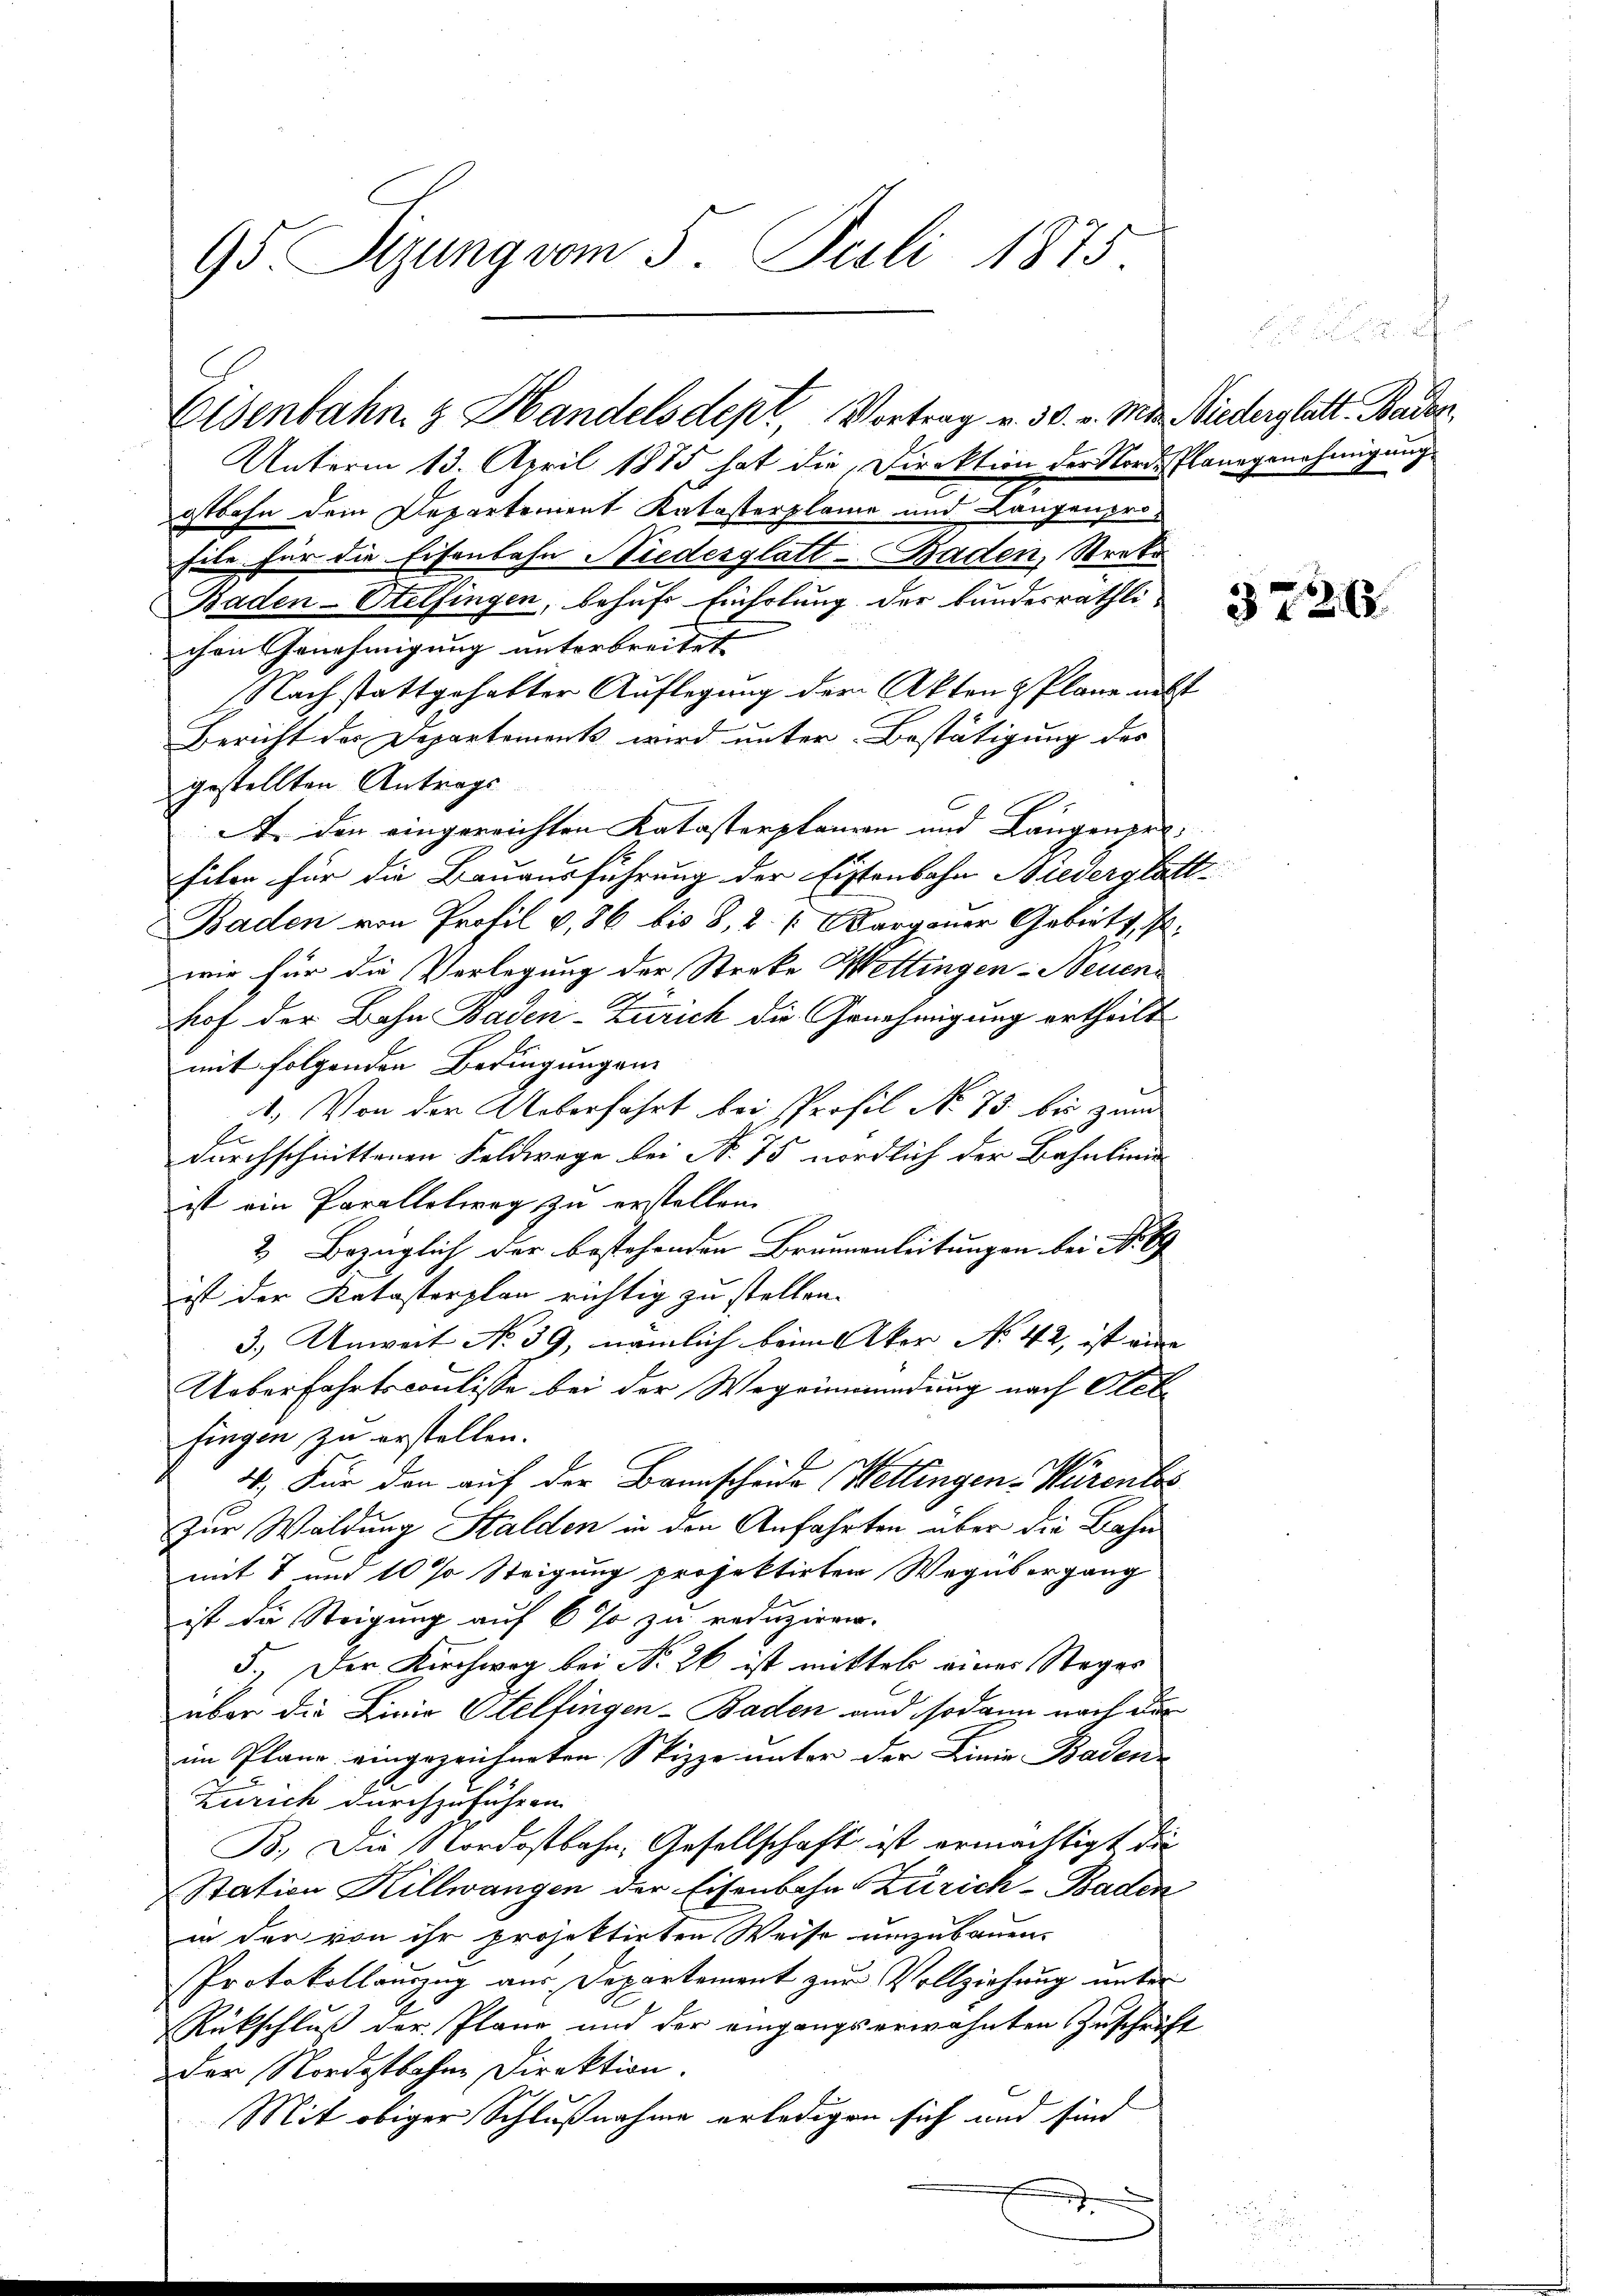
95. Sizung vom 5. Juli 1875.

Eisenbahn & Handelsdept, Vortrag v. 30. v. Mts. Wiederglatt. Baden,

Unterm 13. April 1875 hat die Direktion der Nordestlangenehmigung
gtbahn dein Departement Katasterplane und Langenprofile für die Eisenbahn Niederglatt - Baden, Streko
Baden-Etelfingen, behufs Einholung der Bundesräthlichen Genehmigung unterbreitet
Nach stattgehabter Auflegung der Akten & Plane nebst
Bericht des Departements wird unter Bestätigung des
gestellten Antrags
A. den eingereichten Katasterpfanzen und Längenprofilon für die Bauausführung der Eistenbahn Niederglatt¬
Baden von Profil v, 86 bis 8, 2. Aargauer Gebiets, d.
wie für die Verlegung der Streke Wettingen - Neuen
hof der Bahn Baden-Zürich die Genehmigung ertheilt
mit folgenden Bedingungen
1. Von der Ueberfahrt bei Profil No 75. bis zum
E
durchschnittenen Feldwege bei No 75 nördlich der Bahnlinie
ist ein Parallelweg zu erstellen.
2. Bezüglich der bestehenden Brunnenleitungen bei No 89
ist der Katasterplan richtig zu stellen.
3.) Anweit No 39, nämlich beim Aker No 42, ist nun
Ueberfahrtscoulisse bei der Wegeinmündung nach Acte
fingen zu erstellen.
4. Für den auf der Bannscheide (Wettingen-Würenlos
Zur Waldung Stalden in den Anfahrten über die Bahn
mit 7 und 10 % Steigung projektirten Wegübergang
ist die Steigung auf 6 % zu reduziren.
d.) Der Kirchweg bei No 26 ist mittel eines Steges
über die Linie Otelfingen - Baden und sodann nach der
im Plane eingezeichneten Skizze unter der Linie Baden
Zürich durchzuführen.
B. Die Nordostbahn, Gesellschaft ist ermächtigt die
Station Killwangen der Eisenbahn Zürich-Baden
in der von ihr projektirten Weise umzubauen.
Protokollauszug aus Departement zur Vollziehung unter
Rückschluß der Planz und der eingangserwähnten Zuschrift
der Nordostbahne Direktion.
Mit obiger Schlußnahme erledigen sich und sind

3726